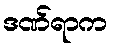
ဒဏ်ရာက